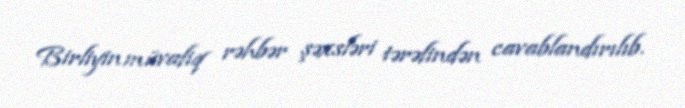
Birliyin müvafiq rəhbər şəxsləri tərəfindən cavablandırılıb.